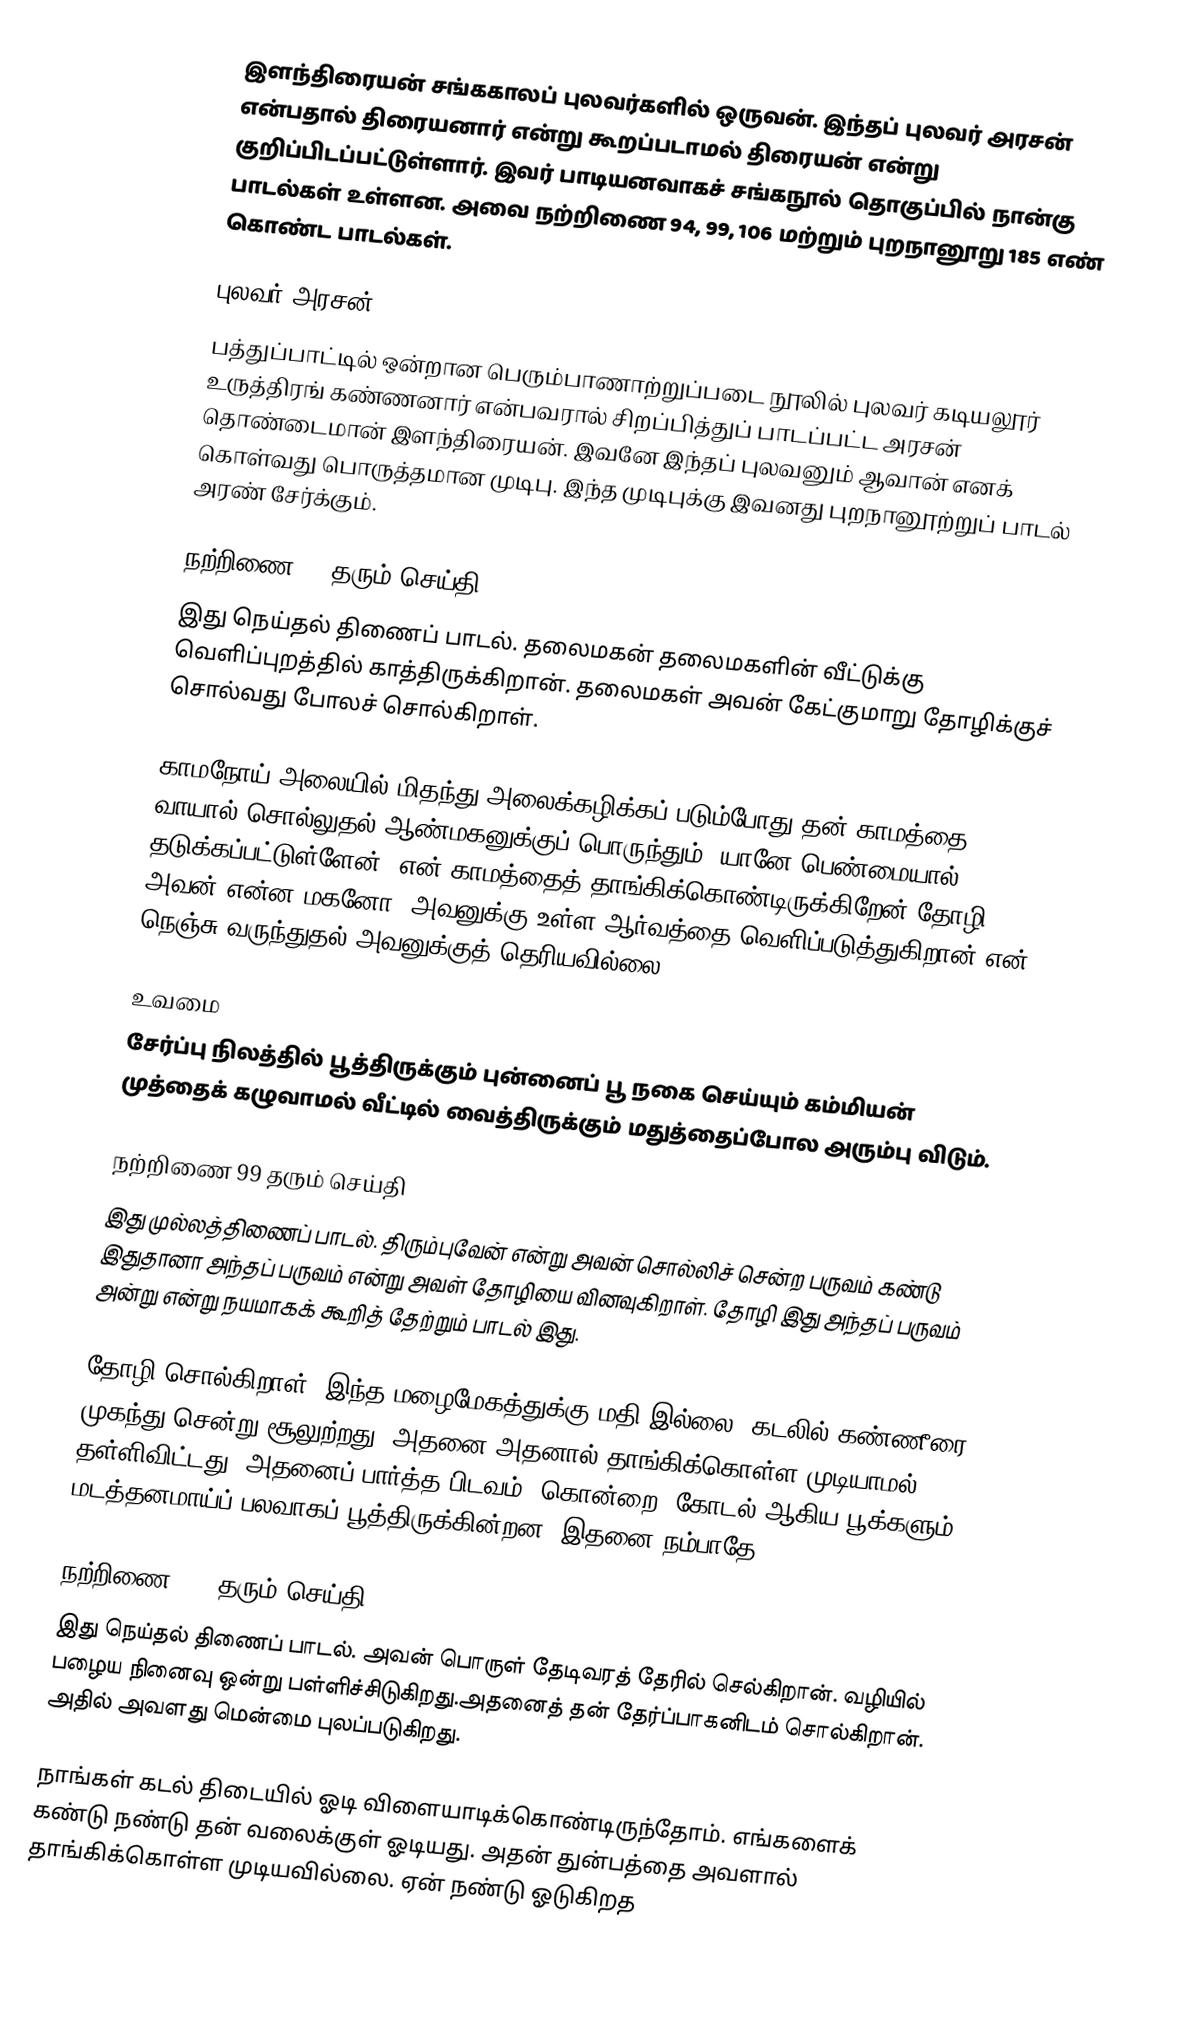
இளந்திரையன் சங்ககாலப் புலவர்களில் ஒருவன். இந்தப் புலவர் அரசன் என்பதால் திரையனார் என்று கூறப்படாமல் திரையன் என்று குறிப்பிடப்பட்டுள்ளார். இவர் பாடியனவாகச் சங்கநூல் தொகுப்பில் நான்கு பாடல்கள் உள்ளன. அவை நற்றிணை 94, 99, 106 மற்றும் புறநானூறு 185 எண் கொண்ட பாடல்கள்.

புலவர் அரசன்
பத்துப்பாட்டில் ஒன்றான பெரும்பாணாற்றுப்படை நூலில் புலவர் கடியலூர் உருத்திரங் கண்ணனார் என்பவரால் சிறப்பித்துப் பாடப்பட்ட அரசன் தொண்டைமான் இளந்திரையன். இவனே இந்தப் புலவனும் ஆவான் எனக் கொள்வது பொருத்தமான முடிபு. இந்த முடிபுக்கு இவனது புறநானூற்றுப் பாடல் அரண் சேர்க்கும்.

நற்றிணை 94 தரும் செய்தி
இது நெய்தல் திணைப் பாடல். தலைமகன் தலைமகளின் வீட்டுக்கு வெளிப்புறத்தில் காத்திருக்கிறான். தலைமகள் அவன் கேட்குமாறு தோழிக்குச் சொல்வது போலச் சொல்கிறாள்.

காமநோய் அலையில் மிதந்து அலைக்கழிக்கப் படும்போது தன் காமத்தை வாயால் சொல்லுதல் ஆண்மகனுக்குப் பொருந்தும். யானே பெண்மையால் தடுக்கப்பட்டுள்ளேன். என் காமத்தைத் தாங்கிக்கொண்டிருக்கிறேன்.தோழி! அவன் என்ன மகனோ, அவனுக்கு உள்ள ஆர்வத்தை வெளிப்படுத்துகிறான் என் நெஞ்சு வருந்துதல் அவனுக்குத் தெரியவில்லை.

உவமை
சேர்ப்பு நிலத்தில் பூத்திருக்கும் புன்னைப் பூ நகை செய்யும் கம்மியன் முத்தைக் கழுவாமல் வீட்டில் வைத்திருக்கும் மதுத்தைப்போல அரும்பு விடும்.

நற்றிணை 99 தரும் செய்தி
இது முல்லத்திணைப் பாடல். திரும்புவேன் என்று அவன் சொல்லிச் சென்ற பருவம் கண்டு இதுதானா அந்தப் பருவம் என்று அவள் தோழியை வினவுகிறாள். தோழி இது அந்தப் பருவம் அன்று என்று நயமாகக் கூறித் தேற்றும் பாடல் இது.

தோழி சொல்கிறாள், இந்த மழைமேகத்துக்கு மதி இல்லை. கடலில் கண்ணீரை முகந்து சென்று சூலுற்றது. அதனை அதனால் தாங்கிக்கொள்ள முடியாமல் தள்ளிவிட்டது. அதனைப் பார்த்த பிடவம், கொன்றை, கோடல் ஆகிய பூக்களும் மடத்தனமாய்ப் பலவாகப் பூத்திருக்கின்றன. இதனை நம்பாதே.

நற்றிணை 106 தரும் செய்தி
இது நெய்தல் திணைப் பாடல். அவன் பொருள் தேடிவரத் தேரில் செல்கிறான். வழியில் பழைய நினைவு ஒன்று பள்ளிச்சிடுகிறது.அதனைத் தன் தேர்ப்பாகனிடம் சொல்கிறான். அதில் அவளது மென்மை புலப்படுகிறது.

நாங்கள் கடல் திடையில் ஓடி விளையாடிக்கொண்டிருந்தோம். எங்களைக் கண்டு நண்டு தன் வலைக்குள் ஓடியது. அதன் துன்பத்தை அவளால் தாங்கிக்கொள்ள முடியவில்லை. ஏன் நண்டு ஓடுகிறத